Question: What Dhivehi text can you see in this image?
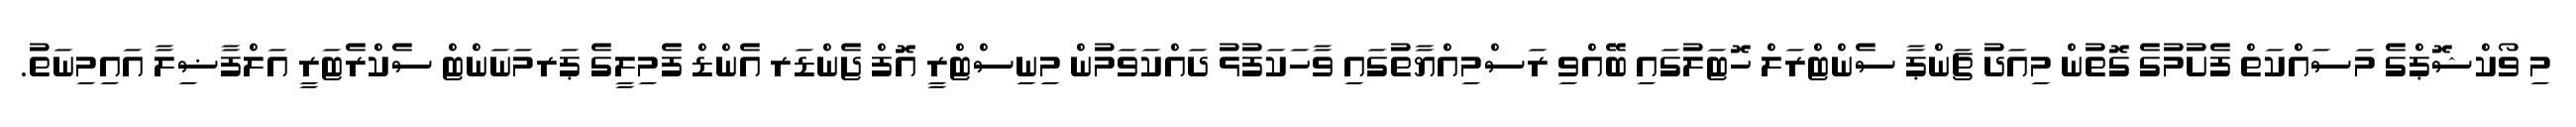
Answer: މި ވޯކްޝޮޕްގެ މަސައްކަތް ފެށުމުގެ ގޮތުން މިއަދު ޗަންޕާ ސެންޓްރަލް ހޮޓަލުގައި ބޭއްވި ރަސްމިއްޔާތުގައި ވާހަކަފުޅު ދައްކަވަމުން މިނިސްޓްރީ އޮފް ޖެންޑަރ އެންޑް ފެމިލީގެ ޕަރމަނަންޓް ސެކްރެޓަރީ އަލްފާޟިލާ އައިމިނަތު.